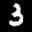
Label: 3